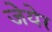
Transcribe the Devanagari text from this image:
जेयेर